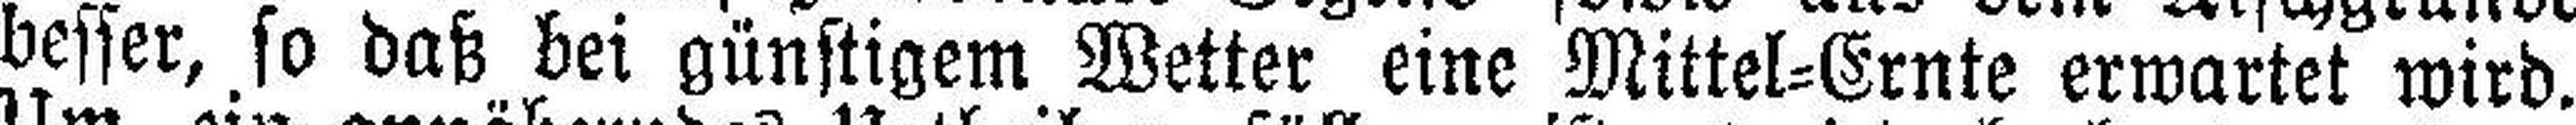
besser, so daß bei günstigem Wetter eine Mittel=Ernte erwartet wird.